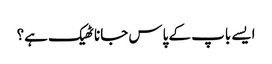
ایسے باپ کے پاس جانا ٹھیک ہے؟